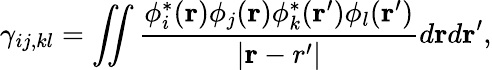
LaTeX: {\displaystyle\gamma_{ij,kl}=\iint\frac{\phi_{i}^{*}({\mathbf r})\phi_{j}({\mathbf r})\phi_{k}^{*}({\mathbf r^{\prime}})\phi_{l}({\mathbf r^{\prime}})}{\vert{\mathbf r-r^{\prime}}\vert}d{\mathbf r}d{\mathbf r^{\prime}}},